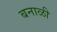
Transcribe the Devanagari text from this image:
बनाळी